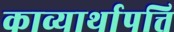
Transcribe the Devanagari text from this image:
काव्यार्थापत्ति